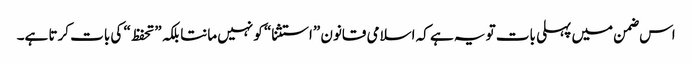
اس ضمن میں پہلی بات تو یہ ہے کہ اسلامی قانون ”استثنا“ کو نہیں مانتا بلکہ ”تحفظ“ کی بات کرتا ہے۔